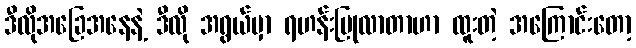
ဒီလိုအခြေအနေနဲ့ ဒီလို အရွယ်မှာ ရဟန်းပြုလာတာဟာ ထူးတဲ့ အကြောင်းတော့